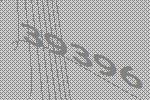
39396